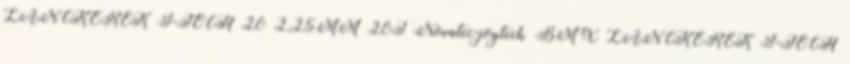
LÁNCKERÉK J-TECH 20 2,25MM 20T Novatec-joytech BMX LÁNCKERÉK J-TECH